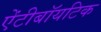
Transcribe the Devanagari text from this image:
ऐंटीबॉयटिक